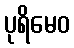
ပုရိမေဝ